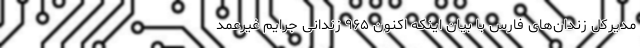
مدیرکل زندان‌های فارس با بیان اینکه اکنون ۹۶۵ زندانی جرایم غیرعمد